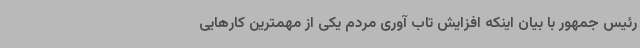
رئیس جمهور با بیان اینکه افزایش تاب آوری مردم یکی از مهمترین کارهایی